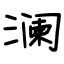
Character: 澜